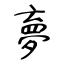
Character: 夣